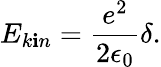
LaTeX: E_{k\mathbf{i}n}=\frac{{e^{2}}}{{2\epsilon_{0}}}\delta.